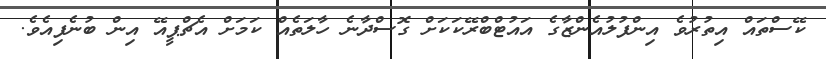
ކޭސްތައް އިތުރުވެ އިންފުލުއެންޒާގެ އައުޓްބްރޭކަކަށް ގޮސްދާނެ ހާލަތެއް ކަމަށް އެޗްޕީއޭ އިން ބުނެފިއެވެ.